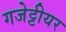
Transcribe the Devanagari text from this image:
गजेट्टीयर